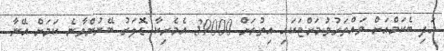
އަދި ބެކަމްއަށް ވައްތަރުވުމަށްޓަކައި އިތުރަށް 39000 އެމެރިކާ ޑޮލަރު ބޭނުންވާނެ ކަމަށް އޭނާ